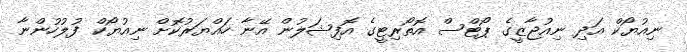
ނިއުޔޯކް އަދި ނިއުޖާޒީގެ ޕޯޓްސް އޮތޯރިޓީގެ އޮފިޝަލުން އޭނާ ހައްޔަރުކޮށް ނިއުޔޯކް ފުލުހުންނާ